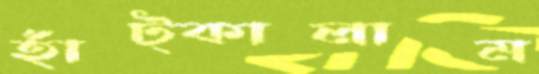
হাঁট্‌কালাম